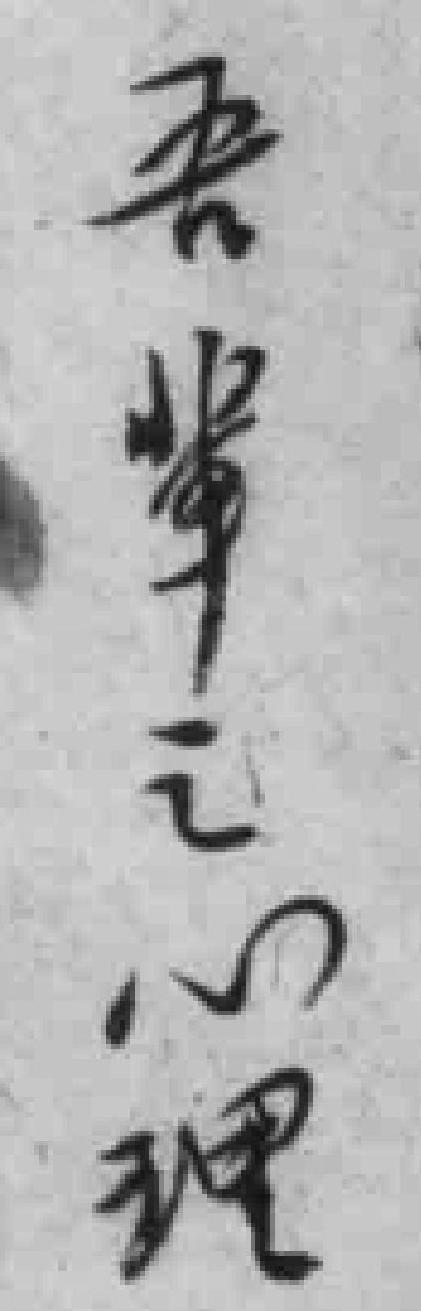
吾軰之心理